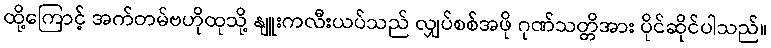
ထို့ကြောင့် အက်တမ်ဗဟိုထုသို့ နျူးကလီးယပ်သည် လျှပ်စစ်အဖို ဂုဏ်သတ္တိအား ပိုင်ဆိုင်ပါသည်။